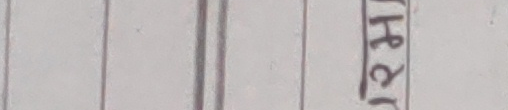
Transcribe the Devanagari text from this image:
घ२र